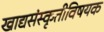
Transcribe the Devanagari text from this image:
खाद्यसंस्कृतीविषयक